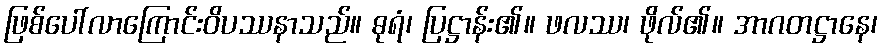
ဖြစ်ပေါ်လာကြောင်းဝိပဿနာသည်။ ဓုရံ၊ ပြဋ္ဌာန်း၏။ ဖလဿ၊ ဖိုလ်၏။ အာဂတဋ္ဌာနေ၊